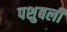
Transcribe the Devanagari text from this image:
पशुबली